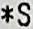
*S